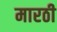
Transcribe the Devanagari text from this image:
मारठी